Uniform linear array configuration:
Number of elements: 12
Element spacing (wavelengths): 0.5
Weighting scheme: hamming
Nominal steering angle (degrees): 15
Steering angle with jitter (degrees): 13.518
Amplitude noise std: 0.05
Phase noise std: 0.05

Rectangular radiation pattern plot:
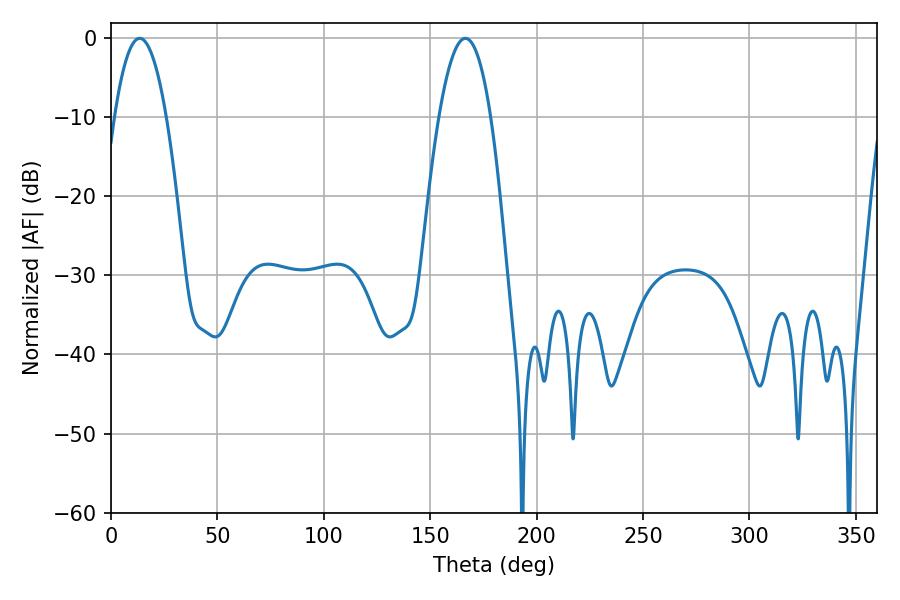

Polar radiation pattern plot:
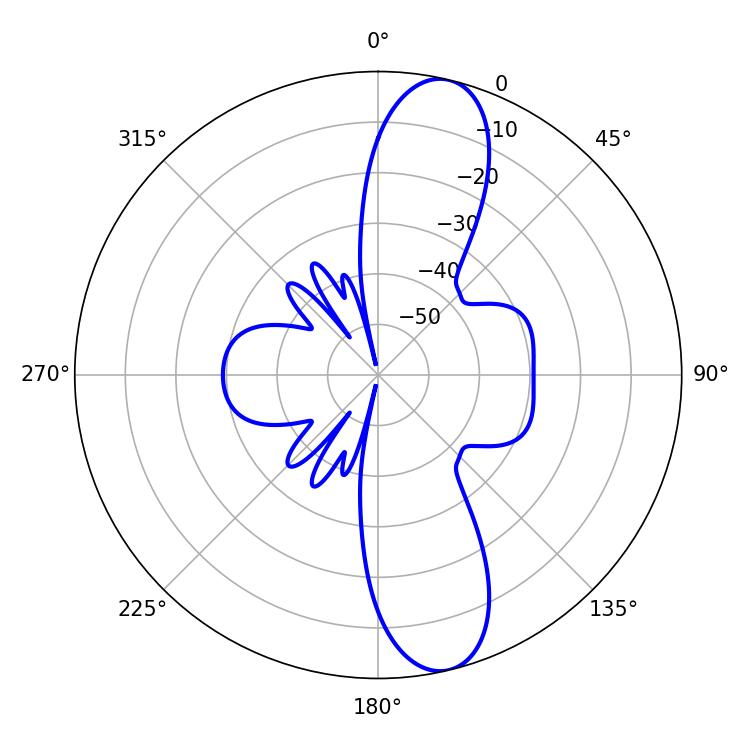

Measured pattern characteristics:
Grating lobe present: FALSE
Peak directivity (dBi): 12.272
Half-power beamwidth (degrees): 13.5
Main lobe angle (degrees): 13.5